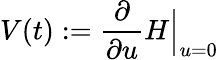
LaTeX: V(t):=\frac{\partial}{\partial u}H\Bigr|_{u=0}